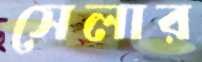
সেলার